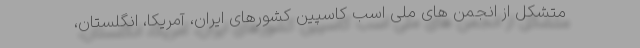
متشکل از انجمن های ملی اسب کاسپین کشورهای ایران، آمریکا، انگلستان،